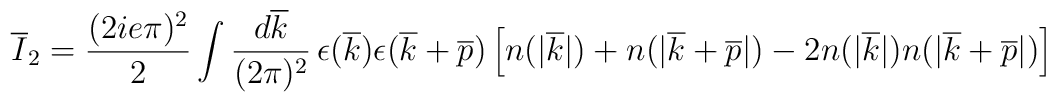
\overline{I}_{2} = {(2ie\pi)^{2}\over 2}\int {d\overline{k}\over  (2\pi)^{2}}\,\epsilon(\overline{k})\epsilon(\overline{k}+\overline{p})\left[n(|\overline{k}|) + n(|\overline{k}+\overline{p}|) - 2 n(|\overline{k}|)n(|\overline{k}+\overline{p}|)\right]